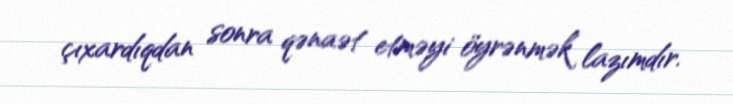
çıxardıqdan sonra qənaət etməyi öyrənmək lazımdır.